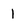
Character: 1